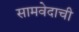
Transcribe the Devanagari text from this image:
सामवेदाची